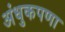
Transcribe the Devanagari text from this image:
अंधुकपणा